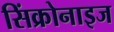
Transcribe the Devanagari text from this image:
सिंक्रोनाइज